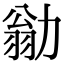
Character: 勜